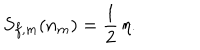
S _ { f , m } ( n _ { m } ) = { \frac { 1 } { 2 } } \, \eta .